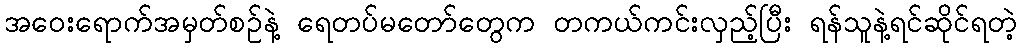
အဝေးရောက်အမှတ်စဉ်နဲ့ ရေတပ်မတော်တွေက တကယ်ကင်းလှည့်ပြီး ရန်သူနဲ့ရင်ဆိုင်ရတဲ့